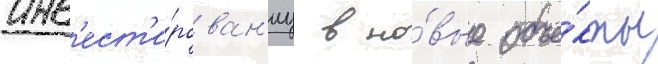
инв'ест'и́рован'иу в но́вые объе́кты